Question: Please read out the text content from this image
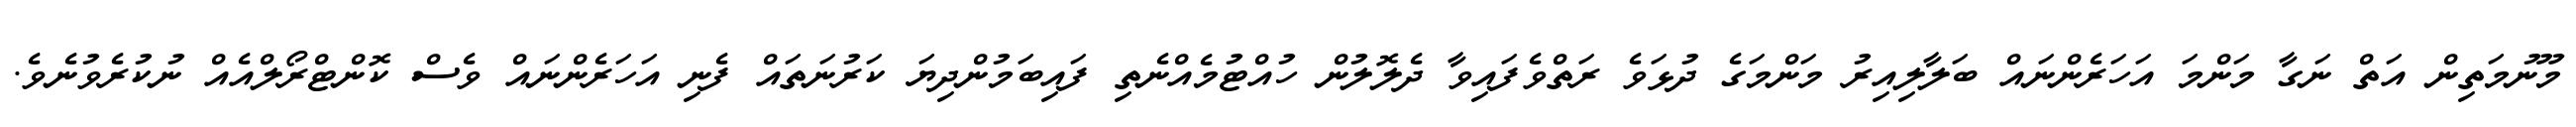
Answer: މޫނުމަތިން އަތް ނަގާ މަންމަ އަހަރެންނައް ބަލާލިއިރު މަންމަގެ ދުޅަވެ ރަތްވެފައިވާ ދެލޮލުން ހުއްޓުމެއްނެތި ފައިބަމުންދިޔަ ކަރުނަތައް ފެނި އަހަރެންނައް ވެސް ކޮންޓްރޯލްއެއް ނުކުރެވުނެވެ.